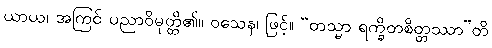
ယာယ၊ အကြင် ပညာဝိမုတ္တိ၏။ ဝသေန၊ ဖြင့်။ “တသ္မာ ရက္ခိတစိတ္တဿာ”တိ